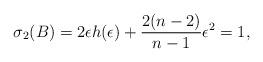
LaTeX: \begin{align*}\sigma_2(B)=2\epsilon h(\epsilon)+\frac{2(n-2)}{n-1}\epsilon^2=1,\end{align*}